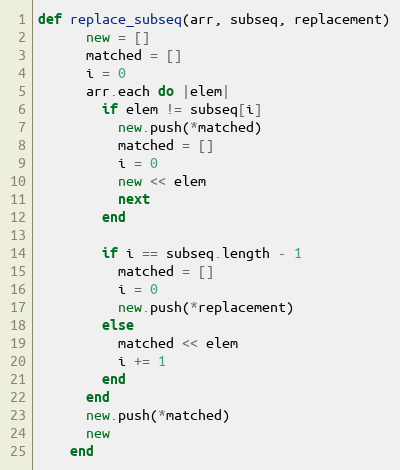
Language: Ruby
def replace_subseq(arr, subseq, replacement)
      new = []
      matched = []
      i = 0
      arr.each do |elem|
        if elem != subseq[i]
          new.push(*matched)
          matched = []
          i = 0
          new << elem
          next
        end

        if i == subseq.length - 1
          matched = []
          i = 0
          new.push(*replacement)
        else
          matched << elem
          i += 1
        end
      end
      new.push(*matched)
      new
    end